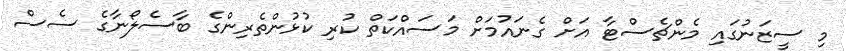
މި ސީޒަނުގައި މެންޗެސްޓާ އަށް ގެނައުމަށް މަސައްކަތް ކުރި ކުޅުންތެރިންގެ ބާސެލޯނާގެ ސެސް